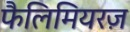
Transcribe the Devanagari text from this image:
फैलिमियरज़